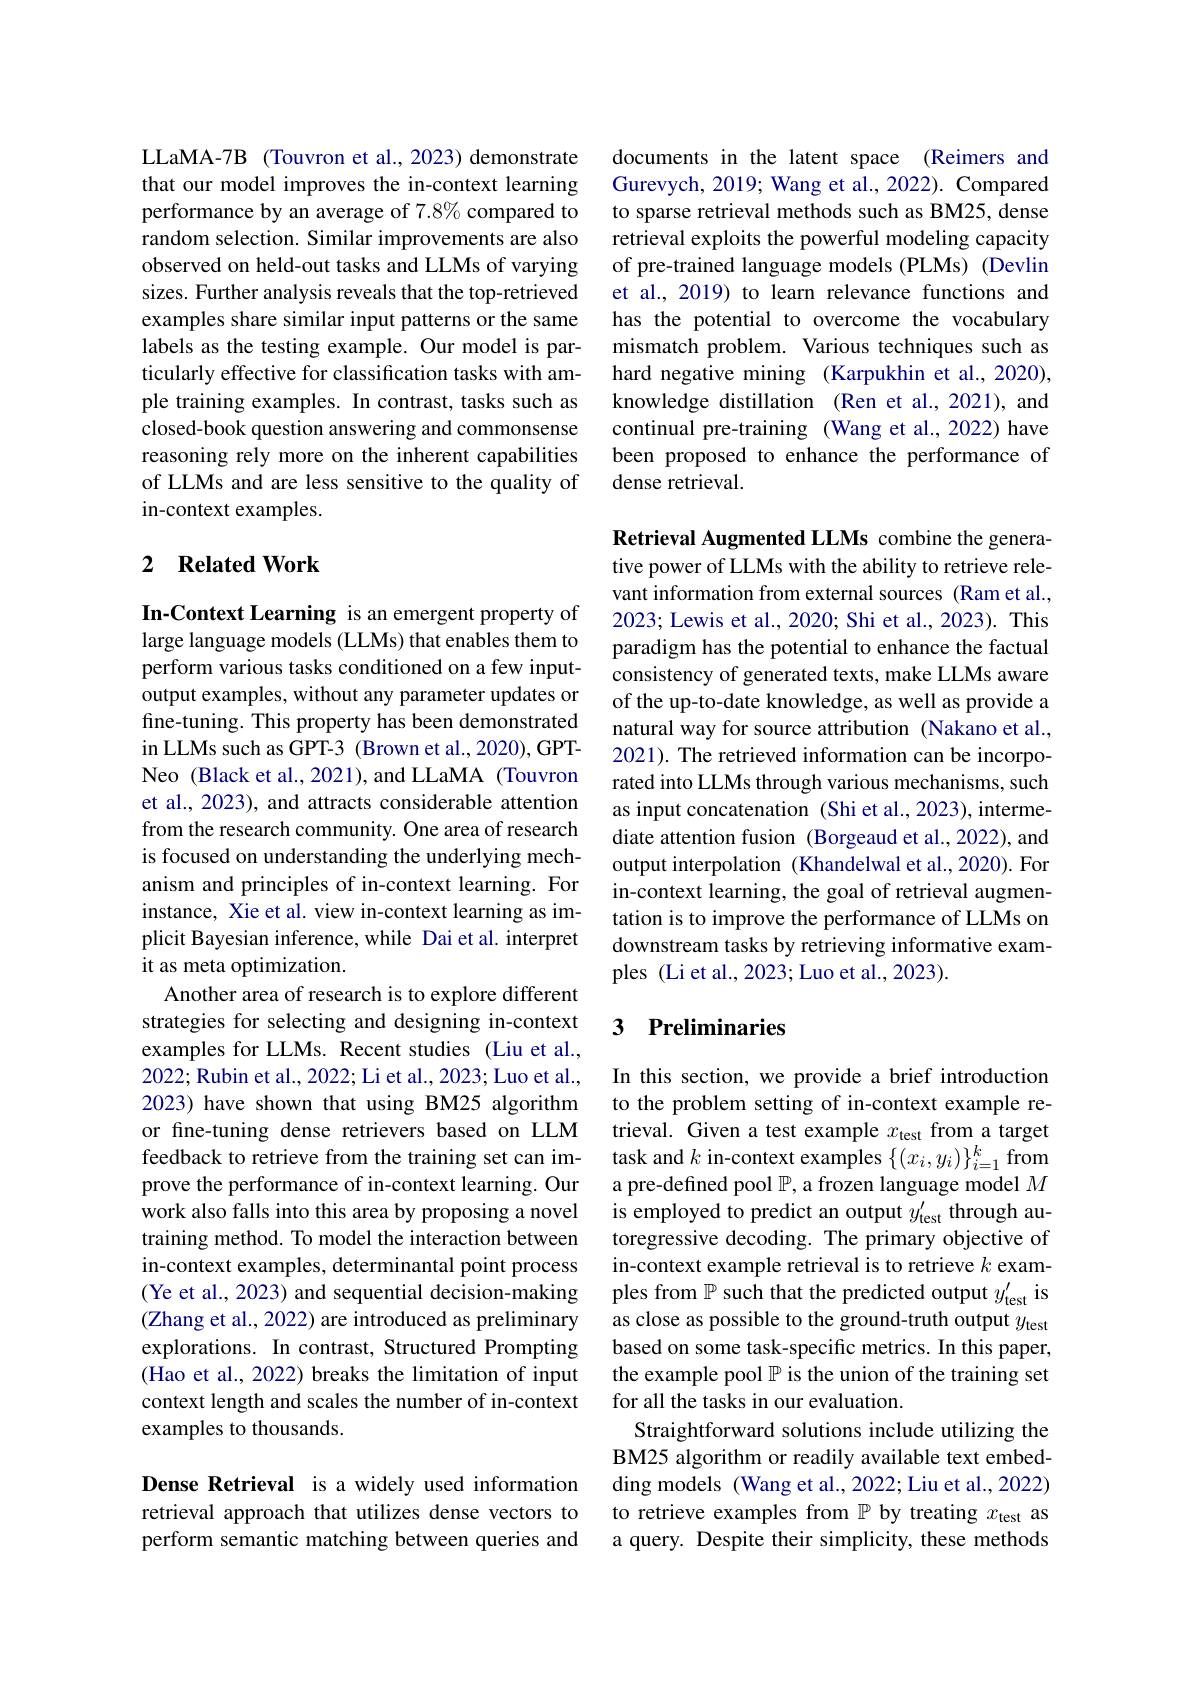
LLaMA-7B (Touvron et al., 2023) demonstrate that our model improves the in-context learning performance by an average of 7.8% compared to random selection. Similar improvements are also observed on held-out tasks and LLMs of varying sizes. Further analysis reveals that the top-retrieved examples share similar input patterns or the same labels as the testing example. Our model is particularly effective for classification tasks with ample training examples. In contrast, tasks such as closed-book question answering and commonsense reasoning rely more on the inherent capabilities of LLMs and are less sensitive to the quality of in-context examples.

### 2 $\textbf{Related Work}$

In-Context Learning is an emergent property of large language models (LLMs) that enables them to perform various tasks conditioned on a few inputoutput examples, without any parameter updates or fine-tuning. This property has been demonstrated in LLMs such as GPT-3 (Brown et al., 2020), GPTNeo (Black et al., 2021), and LLaMA (Touvron et al., 2023), and attracts considerable attention from the research community. One area of research is focused on understanding the underlying mechanism and principles of in-context learning. For instance, Xie et al. view in-context learning as implicit Bayesian inference, while Dai et al. interpret it as meta optimization.
Another area of research is to explore different strategies for selecting and designing in-context examples for LLMs. Recent studies (Liu et al., 2022; Rubin et al., 2022; Li et al., 2023; Luo et al., 2023) have shown that using BM25 algorithm or fine-tuning dense retrievers based on LLM feedback to retrieve from the training set can improve the performance of in-context learning. Our work also falls into this area by proposing a novel training method. To model the interaction between in-context examples, determinantal point process (Ye et al., 2023) and sequential decision-making (Zhang et al., 2022) are introduced as preliminary explorations. In contrast, Structured Prompting (Hao et al., 2022) breaks the limitation of input context length and scales the number of in-context examples to thousands.

Dense Retrieval is a widely used information retrieval approach that utilizes dense vectors to perform semantic matching between queries and

documents in the latent space (Reimers and Gurevych, 2019; Wang et al., 2022). Compared to sparse retrieval methods such as BM25, dense retrieval exploits the powerful modeling capacity of pre-trained language models (PLMs) (Devlin et al., 2019) to learn relevance functions and has the potential to overcome the vocabulary mismatch problem. Various techniques such as hard negative mining (Karpukhin et al.,2020), knowledge distillation (Ren et al.,2021), and continual pre-training (Wang et al., 2022) have been proposed to enhance the performance of dense retrieval.

Retrieval Augmented LLMs combine the generative power of LLMs with the ability to retrieve relevant information from external sources (Ram et al., 2023; Lewis et al., 2020; Shi et al., 2023). This paradigm has the potential to enhance the factual consistency of generated texts, make LLMs aware of the up-to-date knowledge, as well as provide a natural way for source attribution (Nakano et al., 2021). The retrieved information can be incorporated into LLMs through various mechanisms, such as input concatenation (Shi et al., 2023), intermediate attention fusion (Borgeaud et al.,2022), and output interpolation (Khandelwal et al.,2020). For in-context learning, the goal of retrieval augmentation is to improve the performance of LLMs on downstream tasks by retrieving informative examples (Li et al., 2023; Luo et al., 2023).

## 3 Preliminaries

In this section, we provide a brief introduction to the problem setting of in-context example retrieval. Given a test example $x_\mathrm{test}$ from a target task and $k$ in-context examples $\{(x_i,y_i)\}_{i=1}^k$ from a pre-defined pool $\mathbb{P}$, a frozen language model $M$ is employed to predict an output $y_\mathrm{test}^{\prime}$ through autoregressive decoding. The primary objective of in-context example retrieval is to retrieve $k$ examples from $\mathbb{P}$ such that the predicted output $y_\mathrm{test}^{\prime}$ is as close as possible to the ground-truth output $y_\mathrm{test}$ based on some task-specific metrics. In this paper, the example pool $\mathbb{P}$ is the union of the training set for all the tasks in our evaluation.
Straightforward solutions include utilizing the BM25 algorithm or readily available text embedding models (Wang et al., 2022; Liu et al., 2022) to retrieve examples from $\mathbb{P}$ by treating $x_\mathrm{test}$ as a query. Despite their simplicity, these methods